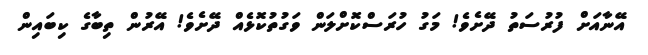
އޭނާއަށް ފުރުސަތު ދޭށެވެ! މަގު ހުރަސްކޮށްލަން ވަގުތުކޮޅެއް ދޭށެވެ! އޭރުން ތިބާގެ ކިބައިން